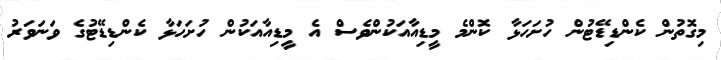
މިގޮތުން ކެންޑިޑޭޓުން ހުށަހަޅާ ކޮންމެ މީޑިއާއަކުންވެސް އެ މީޑިއާއަކުން ހުށަހަޅާ ކެންޑިޑޭޓުގެ ވަނަވަރު